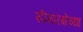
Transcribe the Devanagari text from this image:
सीमारक्षेच्या